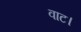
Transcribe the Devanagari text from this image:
वाट।